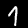
Label: 1